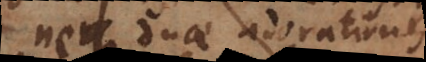
neque duae adorationes